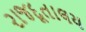
રાજદૂતાલય